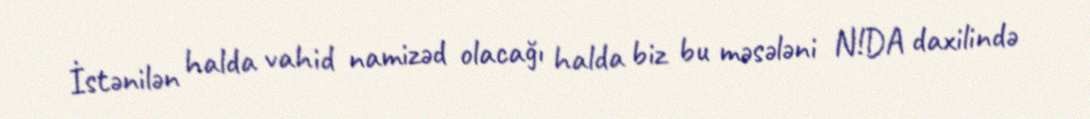
İstənilən halda vahid namizəd olacağı halda biz bu məsələni N!DA daxilində